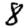
Digit: 8